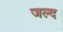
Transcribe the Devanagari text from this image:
जल्द